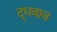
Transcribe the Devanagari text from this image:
दूधबाव